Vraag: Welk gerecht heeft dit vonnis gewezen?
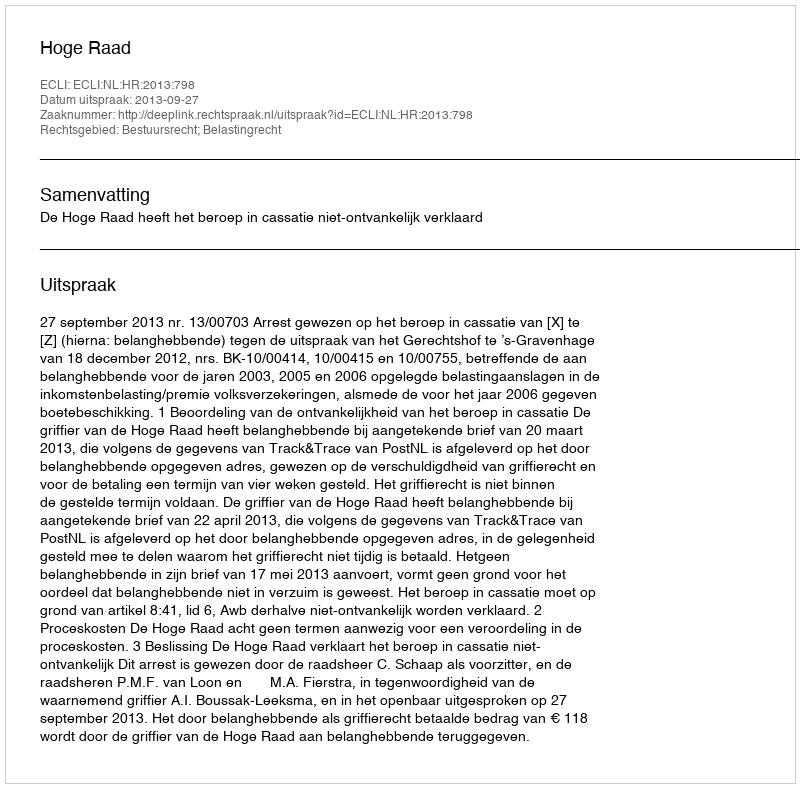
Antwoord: Hoge Raad